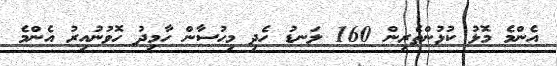
އެންމެ މޮޅު ކުޅުންތެރިން 160 ލަނޑު ހެދި މިހުސާން ހާމިދު ހޮވުނުއިރު އެންމެ